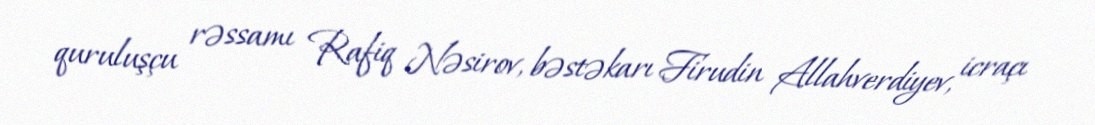
quruluşçu rəssamı Rafiq Nəsirov, bəstəkarı Firudin Allahverdiyev, icraçı